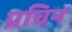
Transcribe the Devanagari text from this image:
प्रचिन